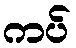
ကပ်